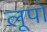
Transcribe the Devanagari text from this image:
लूपो